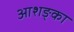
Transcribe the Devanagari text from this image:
आशङ्का